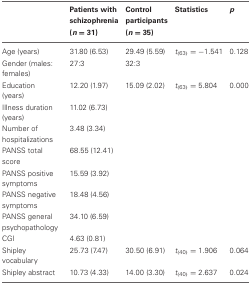
<table><thead><tr><td></td><td><b>Patients with schizophrenia (<i>n</i> = 31)</b></td><td><b>Control participants (<i>n</i> = 35)</b></td><td><b>Statistics</b></td><td><b><i>p</i></b></td></tr></thead><tbody><tr><td>Age (years)</td><td>31.80 (6.53)</td><td>29.49 (5.59)</td><td><i>t</i><sub>(63)</sub> = −1.541</td><td>0.128</td></tr><tr><td>Gender (males: females)</td><td>27:3</td><td>32:3</td><td></td><td></td></tr><tr><td>Education (years)</td><td>12.20 (1.97)</td><td>15.09 (2.02)</td><td><i>t</i><sub>(63)</sub> = 5.804</td><td>0.000</td></tr><tr><td>Illness duration (years)</td><td>11.02 (6.73)</td><td></td><td></td><td></td></tr><tr><td>Number of hospitalizations</td><td>3.48 (3.34)</td><td></td><td></td><td></td></tr><tr><td>PANSS total score</td><td>68.55 (12.41)</td><td></td><td></td><td></td></tr><tr><td>PANSS positive symptoms</td><td>15.59 (3.92)</td><td></td><td></td><td></td></tr><tr><td>PANSS negative symptoms</td><td>18.48 (4.56)</td><td></td><td></td><td></td></tr><tr><td>PANSS general psychopathology</td><td>34.10 (6.59)</td><td></td><td></td><td></td></tr><tr><td>CGI</td><td>4.63 (0.81)</td><td></td><td></td><td></td></tr><tr><td>Shipley vocabulary</td><td>25.73 (7.47)</td><td>30.50 (6.91)</td><td><i>t</i><sub>(40)</sub> = 1.906</td><td>0.064</td></tr><tr><td>Shipley abstract</td><td>10.73 (4.33)</td><td>14.00 (3.30)</td><td><i>t</i><sub>(40)</sub> = 2.637</td><td>0.024</td></tr></tbody></table>